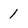
Character: 1